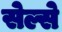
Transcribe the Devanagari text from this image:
सेल्से